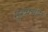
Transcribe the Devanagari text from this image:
मुख्यभाग